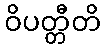
ဝိပတ္တီတိ